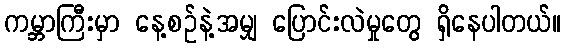
ကမ္ဘာကြီးမှာ နေ့စဉ်နဲ့အမျှ ပြောင်းလဲမှုတွေ ရှိနေပါတယ်။